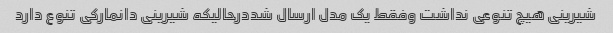
شیرینی هیچ تنوعی نداشت وفقط یک مدل ارسال شددرحالیکه شیرینی دانمارکی تنوع دارد